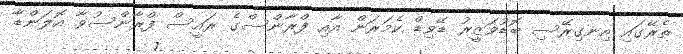
ތެރޭގައި އިނގިރޭސި ބޮޑުވަޒީރު ޑޭވިޑް ކެމަރަން އާއި ފްރާންސްގެ ރައީސް ފްރާންސުވާ އޮލަންޑާ